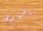
بإخبارها